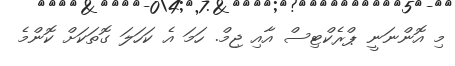
މި އޮންނަނީ ޕްރެކްޓިސް އާއި ޖިމް. ހަމަ އެ ކަހަލަ ގޮތަކަށް ކޮންމެ